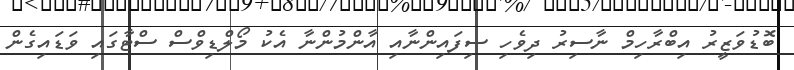
ބޮޑުވަޒީރު އިބްރާހިމް ނާސިރު ދިވެހި ސިފައިންނާއި އާންމުންނާ އެކު މޯލްޑިވްސް ސްޓާގައި ވަޑައިގެން